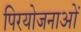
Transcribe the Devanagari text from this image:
पिरयोजनाओं